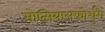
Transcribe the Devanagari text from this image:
सोत्सियालफोर्शुंग